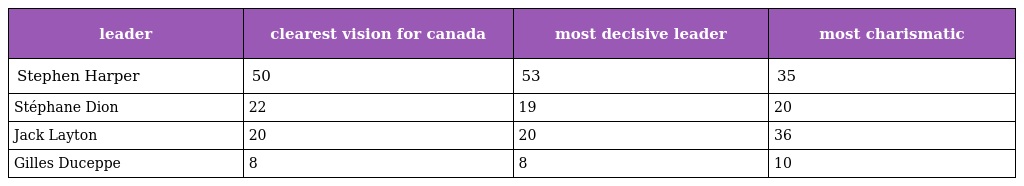
| leader | clearest vision for canada | most decisive leader | most charismatic |
 | --- | --- | --- | --- |
 | Stephen Harper | 50 | 53 | 35 |
 | Stéphane Dion | 22 | 19 | 20 |
 | Jack Layton | 20 | 20 | 36 |
 | Gilles Duceppe | 8 | 8 | 10 |